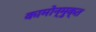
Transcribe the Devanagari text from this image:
कामोन्मुक्त